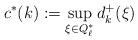
LaTeX: \begin{align*}c^*(k):=\sup_{\xi\in Q_\ell^*}d_k^+(\xi)\end{align*}